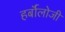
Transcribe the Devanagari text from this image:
हर्बॉलोजी